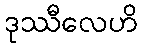
ဒုဿီလေဟိ